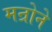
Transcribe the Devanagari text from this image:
मन्रोने